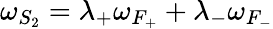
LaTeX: \omega_{S_{2}}=\lambda_{+}\omega_{F_{+}}+\lambda_{-}\omega_{F_{-}}